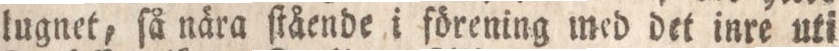
lugnet, få nära ſtående i förening med det inre uti